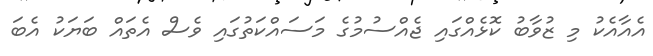
އެއާއެކު މި ޒުވާބު ކޮޅެއްގައި ޖެއްސުމުގެ މަސައްކަތުގައި ވެސް އެތައް ބަޔަކު އެބަ